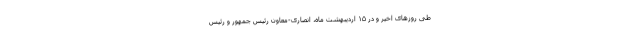
طی روزهای اخیر و در ۱۵ اردیبهشت ماه، انصاری-معاون رئیس جمهور و رئیس